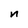
Character: n